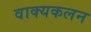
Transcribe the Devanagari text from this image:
वाक्यकलन